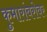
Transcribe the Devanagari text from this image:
कुमारांबरोबर